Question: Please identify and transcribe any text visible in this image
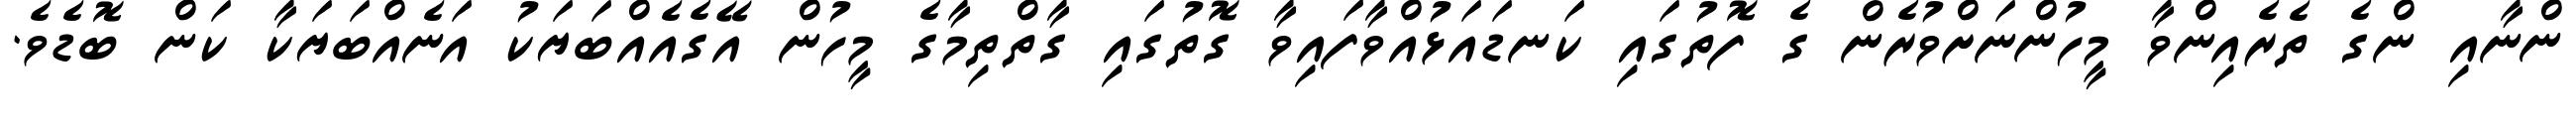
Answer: ންނާއި ންގެ ތެރެއިންވާ މީހުންނަށްވުރެން ގެ ފޮތުގައި ކަނޑައަޅުއްވާފައިވާ ގޮތުގައި ގާތްތިމާގެ މީހުން އޭގެއެއްބަޔަކު އަނެއްބަޔަކާ ކަން ބޮޑެވެ.